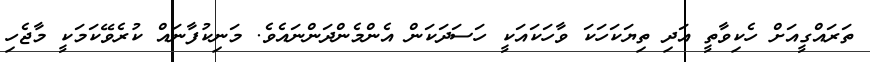
ތަރައްގީއަށް ހެކިވާތީ އަދި ތިޔަކަހަކަ ވާހަކައަކީ ހަސަދަކަން އެންމެންދަންނައެވެ. މަނިކުފާނައް ކުރެވޭކަމަކީ މާޖެހި